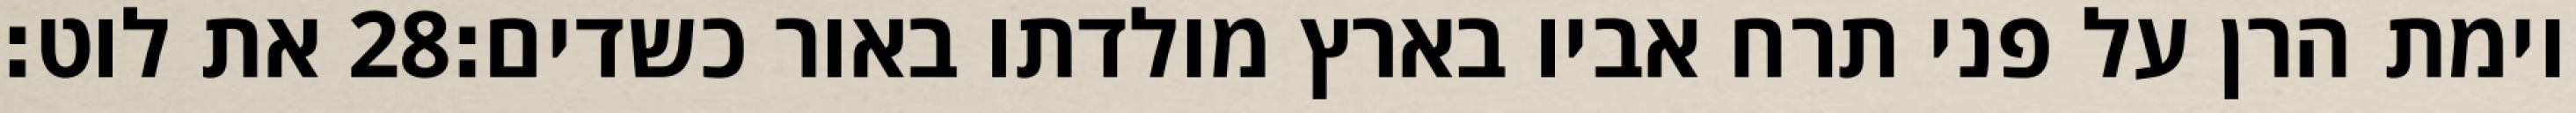
את לוט׃ ‎28‏ וימת הרן על פני תרח אביו בארץ מולדתו באור כשדים׃